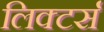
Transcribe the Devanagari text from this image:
लिक्टर्स